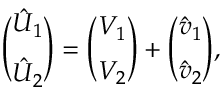
\binom { \hat { { \cal U } } _ { 1 } } { \hat { { \cal U } } _ { 2 } } = \binom { V _ { 1 } } { V _ { 2 } } + \binom { \hat { v } _ { 1 } } { \hat { v } _ { 2 } } ,